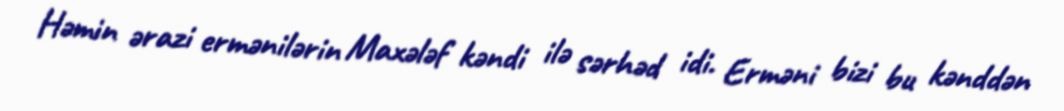
Həmin ərazi ermənilərin Maxələf kəndi ilə sərhəd idi. Erməni bizi bu kənddən